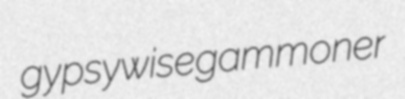
gypsywise gammoner